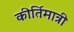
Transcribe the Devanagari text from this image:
कीर्तिमात्री